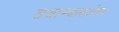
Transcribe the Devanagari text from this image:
ससाण्याबरोबर